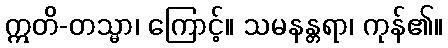
ဣတိ-တသ္မာ၊ ကြောင့်။ သမနန္တရာ၊ ကုန်၏။